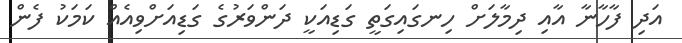
އަދި ފާހާނާ އާއި ދިމާލަށް ހިނގައިގަތީ ގަޑިއަކީ ދަންވަރުގެ ގަޑިއަށްވިއެއް ކަމަކު ފެން